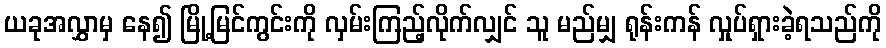
ယခုအလွှာမှ နေ၍ မြို့မြင်ကွင်းကို လှမ်းကြည့်လိုက်လျှင် သူ မည်မျှ ရုန်းကန် လှုပ်ရှားခဲ့ရသည်ကို